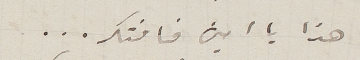
هذا يا امين فافتكر...